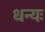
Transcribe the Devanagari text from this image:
धन्यः